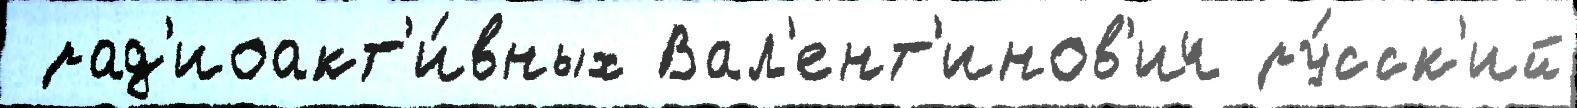
 рад'иоакт'и́вных Вал'ент'инов'ич ру́сск'ий